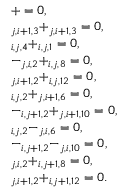
\begin{array} { r l } & { \quad + = 0 , } \\ & { \quad _ { j , i + 1 , 3 } + _ { j , i + 1 , 3 } = 0 , } \\ & { \quad _ { i , j , 4 } + _ { i , j , 1 } = 0 , } \\ & { \quad - _ { j , i , 2 } + _ { i , j , 8 } = 0 , } \\ & { \quad _ { j , i + 1 , 2 } + _ { i , j , 1 2 } = 0 , } \\ & { \quad _ { i , j , 2 } + _ { j , i + 1 , 6 } = 0 , } \\ & { \quad - _ { i , j + 1 , 2 } + _ { j , i + 1 , 1 0 } = 0 , } \\ & { \quad _ { i , j , 2 } - _ { j , i , 6 } = 0 , } \\ & { \quad - _ { i , j + 1 , 2 } - _ { j , i , 1 0 } = 0 , } \\ & { \quad _ { j , i , 2 } + _ { i , j + 1 , 8 } = 0 , } \\ & { \quad _ { j , i + 1 , 2 } + _ { i , j + 1 , 1 2 } = 0 . } \end{array}